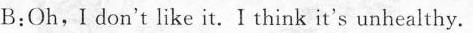
B:Oh,I don't like it.I think it's unhealthy.